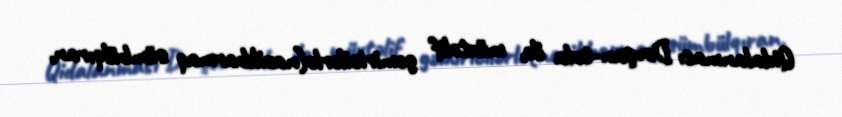
Qidalanması Dovşan-tola ilə, müxtəlif gəmiricilərlə(nazikbarmaq sümbülqıran,